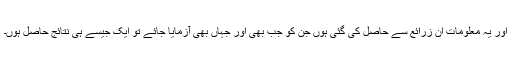
اور یہ معلومات ان زرائع سے حاصل کی گئی ہوں جن کو جب بھی اور جہاں بھی آزمایا جائے تو ایک جیسے ہی نتائج حاصل ہوں۔